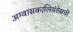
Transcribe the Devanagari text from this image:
अग्वासकालियंतेसची